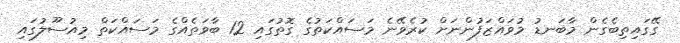
ގޭގައިތިބެގެން މާބަނޑު މުވައްޒަފުންނަށް ކުރެވޭނެ މަސައްކަތުގެ ގޮތުގައި 12 ބާވަތެއްގެ މަސައްކަތް މިއުސޫލުގައި